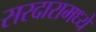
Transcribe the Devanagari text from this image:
सरदारामध्ये